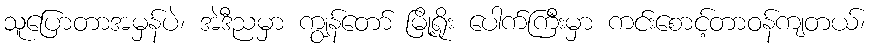
သူပြောတာအမှန်ပဲ၊ အဲဒီညမှာ ကျွန်တော် မြို့ရိုး ပေါက်ကြီးမှာ ကင်းစောင့်တာဝန်ကျတယ်၊